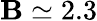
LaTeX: \mathbf{B}\simeq2.3